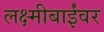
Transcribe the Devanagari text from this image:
लक्ष्मीबाईंवर